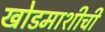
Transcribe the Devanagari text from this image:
खोडमाशीची